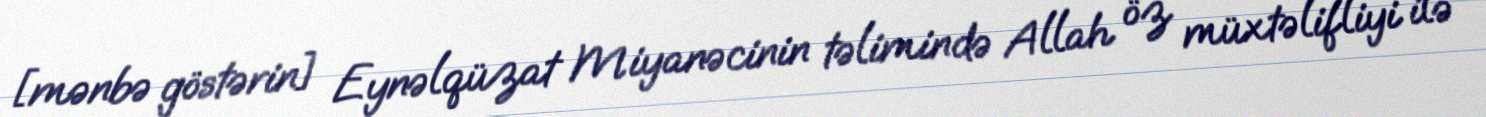
[mənbə göstərin] Eynəlqüzat Miyanəcinin təlimində Allah öz müxtəlifliyi ilə